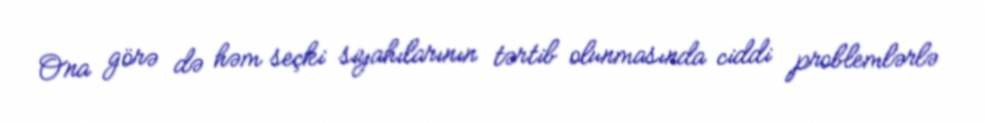
Ona görə də həm seçki siyahılarının tərtib olunmasında ciddi problemlərlə